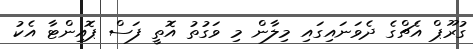
ގުރޫޕް އެޗްގެ ދެވަނައިގައި މިލާން މި ވަގުތު އޮތީ ފަސް ޕޮއިންޓާ އެކު